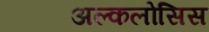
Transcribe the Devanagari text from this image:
अल्कलोसिस